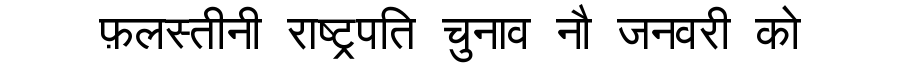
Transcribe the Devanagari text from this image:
फ़लस्तीनी राष्ट्रपति चुनाव नौ जनवरी को